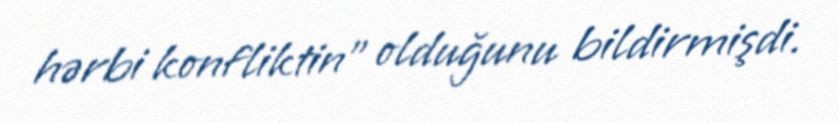
hərbi konfliktin” olduğunu bildirmişdi.